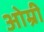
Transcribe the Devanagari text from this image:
ओम्री